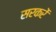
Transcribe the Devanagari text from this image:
सरकरें